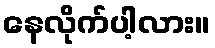
နေလိုက်ပါ့လား။